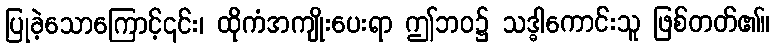
ပြုခဲ့သောကြောင့်၎င်း၊ ထိုကံအကျိုးပေးရာ ဤဘဝ၌ သဒ္ဓါကောင်းသူ ဖြစ်တတ်၏။